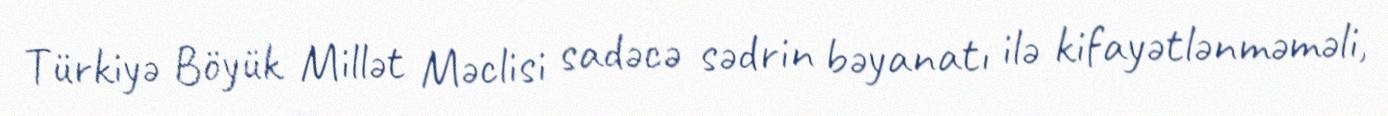
Türkiyə Böyük Millət Məclisi sadəcə sədrin bəyanatı ilə kifayətlənməməli,